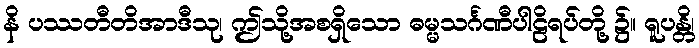
နိ ပဿတီတိအာဒီသု၊ ဤသို့အစရှိသော ဓမ္မသင်္ဂဏီပါဠိရပ်တို့ ၌။ ရူပန္တိ၊